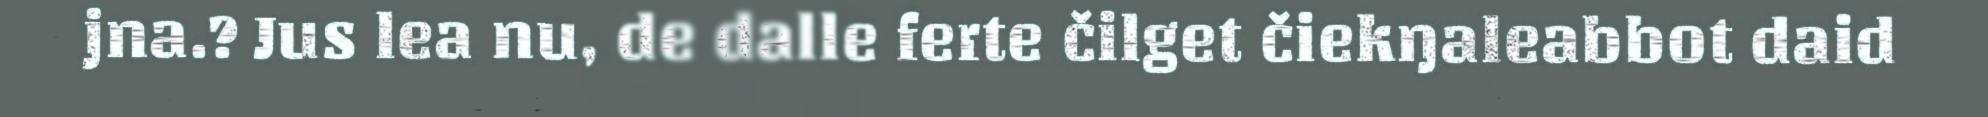
jna.? Jus lea nu, de dalle ferte čilget čiekŋaleabbot daid